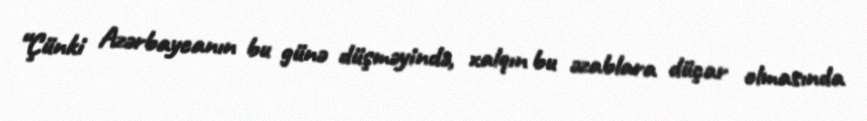
“Çünki Azərbaycanın bu günə düşməyində, xalqın bu əzablara düçar olmasında